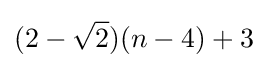
(2-{\sqrt {2}})(n-4)+3